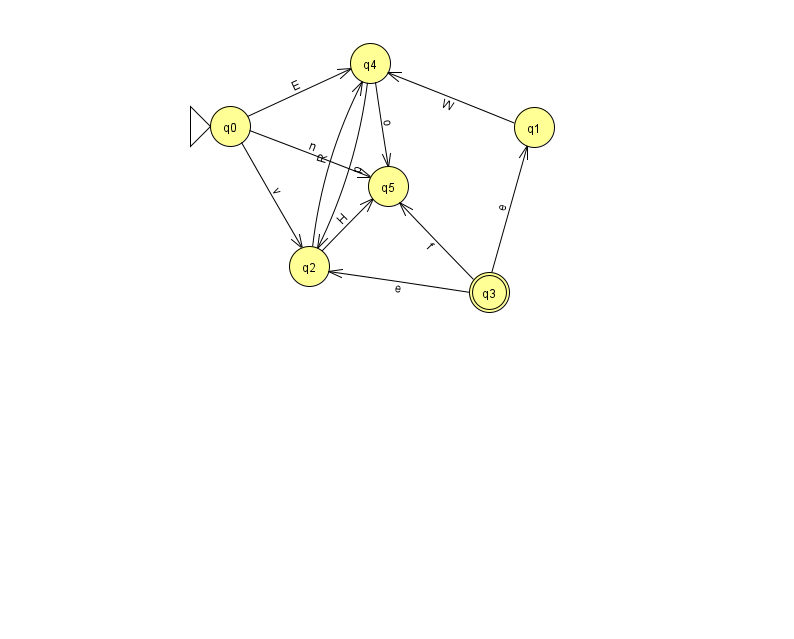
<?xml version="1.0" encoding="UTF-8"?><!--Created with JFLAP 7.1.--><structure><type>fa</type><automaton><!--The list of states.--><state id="0" name="q0"><x>230.0</x><y>113.0</y><initial/></state><state id="1" name="q1"><x>534.0</x><y>114.0</y></state><state id="2" name="q2"><x>309.0</x><y>253.0</y></state><state id="3" name="q3"><x>489.0</x><y>279.0</y><final/></state><state id="4" name="q4"><x>370.0</x><y>50.0</y></state><state id="5" name="q5"><x>388.0</x><y>173.0</y></state><!--The list of transitions.--><transition><from>3</from><to>5</to><read>f</read></transition><transition><from>3</from><to>1</to><read>e</read></transition><transition><from>4</from><to>5</to><read>o</read></transition><transition><from>4</from><to>2</to><read>p</read></transition><transition><from>2</from><to>5</to><read>H</read></transition><transition><from>2</from><to>4</to><read>R</read></transition><transition><from>0</from><to>2</to><read>v</read></transition><transition><from>1</from><to>4</to><read>W</read></transition><transition><from>3</from><to>2</to><read>e</read></transition><transition><from>0</from><to>4</to><read>E</read></transition><transition><from>0</from><to>5</to><read>n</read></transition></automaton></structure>